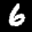
Label: 6